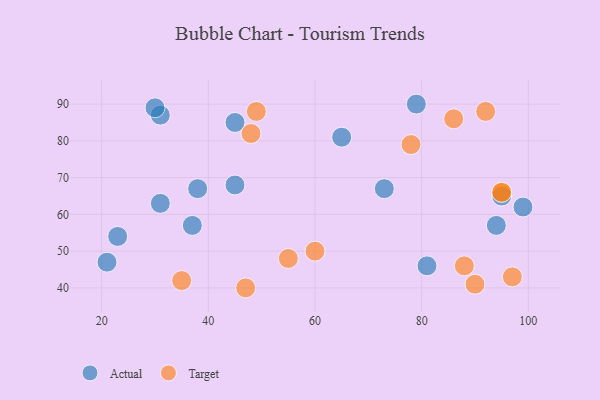
{"axis": {"x": "GDP", "y": "Life Expectancy"}, "legend": ["Actual", "Target"], "data": [{"x": "45", "y": 85, "type": "Actual"}, {"x": "31", "y": 87, "type": "Actual"}, {"x": "99", "y": 62, "type": "Actual"}, {"x": "30", "y": 89, "type": "Actual"}, {"x": "45", "y": 68, "type": "Actual"}, {"x": "79", "y": 90, "type": "Actual"}, {"x": "81", "y": 46, "type": "Actual"}, {"x": "65", "y": 81, "type": "Actual"}, {"x": "23", "y": 54, "type": "Actual"}, {"x": "38", "y": 67, "type": "Actual"}, {"x": "95", "y": 65, "type": "Actual"}, {"x": "94", "y": 57, "type": "Actual"}, {"x": "73", "y": 67, "type": "Actual"}, {"x": "21", "y": 47, "type": "Actual"}, {"x": "37", "y": 57, "type": "Actual"}, {"x": "31", "y": 63, "type": "Actual"}, {"x": "78", "y": 79, "type": "Target"}, {"x": "55", "y": 48, "type": "Target"}, {"x": "60", "y": 50, "type": "Target"}, {"x": "49", "y": 88, "type": "Target"}, {"x": "88", "y": 46, "type": "Target"}, {"x": "86", "y": 86, "type": "Target"}, {"x": "47", "y": 40, "type": "Target"}, {"x": "95", "y": 66, "type": "Target"}, {"x": "95", "y": 66, "type": "Target"}, {"x": "97", "y": 43, "type": "Target"}, {"x": "90", "y": 41, "type": "Target"}, {"x": "35", "y": 42, "type": "Target"}, {"x": "48", "y": 82, "type": "Target"}, {"x": "92", "y": 88, "type": "Target"}]}